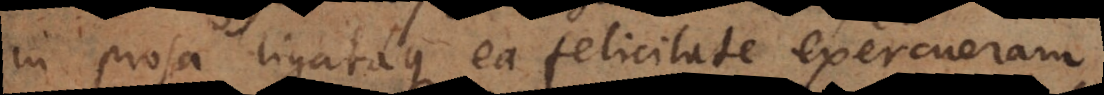
in prosa ligataque ea felicitate exercueram